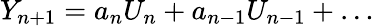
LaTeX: Y_{n+1}=a_{n}U_{n}+a_{n-1}U_{n-1}+\ldots